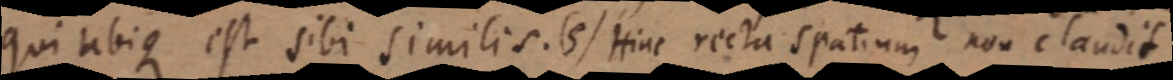
qui ubique est sibi similis. (5) Hinc recta spatium non claudit